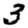
Digit: 3